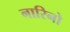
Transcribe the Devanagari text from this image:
नारिनो